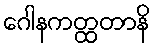
ဂေါနကတ္ထတာနိ